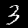
Label: 3